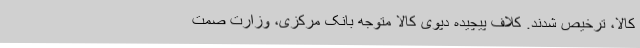
کالا، ترخیص شدند. کلاف پیچیده دپوی کالا متوجه بانک مرکزی، وزارت صمت